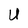
Character: U